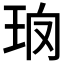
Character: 𤤱